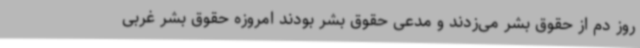
روز دم از حقوق بشر می‌زدند و مدعی حقوق بشر بودند امروزه حقوق بشر غربی